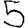
Digit: 5